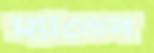
ম্যাডেন